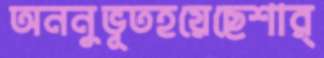
অননুভূতহয়েছেশার্